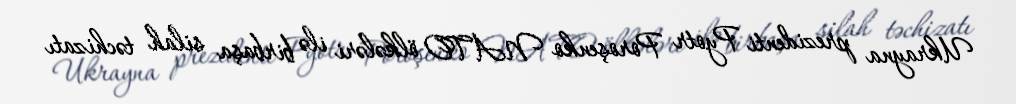
Ukrayna prezidenti Pyotr Poroşenko NATO ölkələri ilə birbaşa silah təchizatı